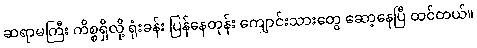
ဆရာမကြီး ကိစ္စရှိလို့ ရုံးခန်း ပြန်နေတုန်း ကျောင်းသားတွေ ဆော့နေပြီ ထင်တယ်။